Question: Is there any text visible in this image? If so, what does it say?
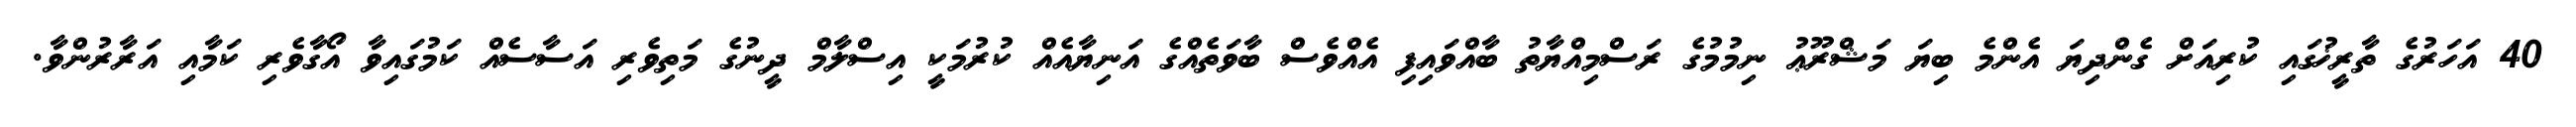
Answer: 40 އަހަރުގެ ތާރީޚުގައި ކުރިއަށް ގެންދިޔަ އެންމެ ބިޔަ މަޝްރޫޢު ނިމުމުގެ ރަސްމިއްޔާތު ބާއްވައިފި އެއްވެސް ބާވަތެއްގެ އަނިޔާއެއް ކުރުމަކީ އިސްލާމް ދީނުގެ މަތިވެރި އަސާސެއް ކަމުގައިވާ އޯގާވެރި ކަމާއި އަރާރުންވާ.